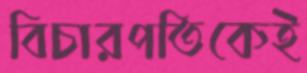
বিচারপতিকেই